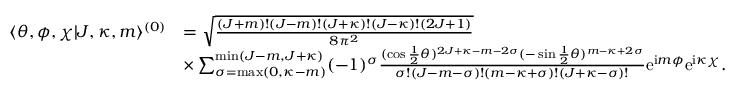
\begin{array} { r l } { \langle \theta , \phi , \chi | J , \kappa , m \rangle ^ { ( 0 ) } } & { = \sqrt { \frac { ( J + m ) ! ( J - m ) ! ( J + \kappa ) ! ( J - \kappa ) ! ( 2 J + 1 ) } { 8 \pi ^ { 2 } } } } \\ & { \times \sum _ { \sigma = \mathrm { m a x } ( 0 , \kappa - m ) } ^ { \mathrm { m i n } ( J - m , J + \kappa ) } ( - 1 ) ^ { \sigma } \frac { ( \cos \frac { 1 } { 2 } \theta ) ^ { 2 J + \kappa - m - 2 \sigma } ( - \sin \frac { 1 } { 2 } \theta ) ^ { m - \kappa + 2 \sigma } } { \sigma ! ( J - m - \sigma ) ! ( m - \kappa + \sigma ) ! ( J + \kappa - \sigma ) ! } \mathrm { e } ^ { \mathrm { i } m \phi } \mathrm { e } ^ { \mathrm { i } \kappa \chi } . } \end{array}